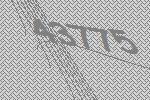
43775